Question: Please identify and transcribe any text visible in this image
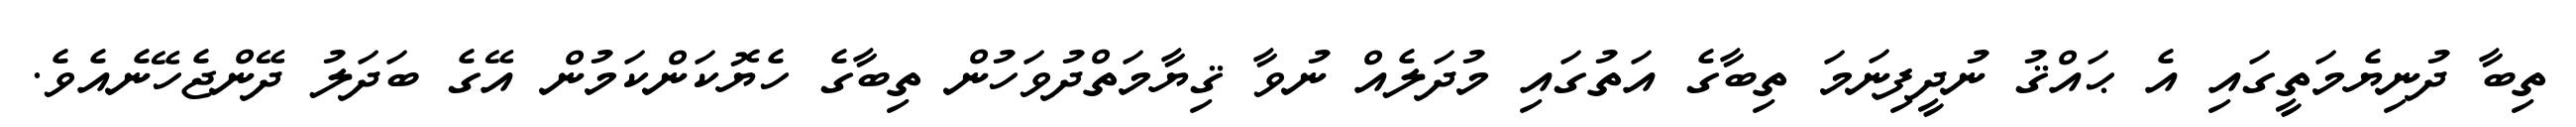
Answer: ތިބާ ދުނިޔެމަތީގައި އެ ޙައްޤު ނުދީފިނަމަ ތިބާގެ އަތުގައި މުދަލެއް ނުވާ ޤިޔާމަތްދުވަހުން ތިބާގެ ހެޔޮކަންކަމުން އޭގެ ބަދަލު ދޭންޖެހޭނެއެވެ.